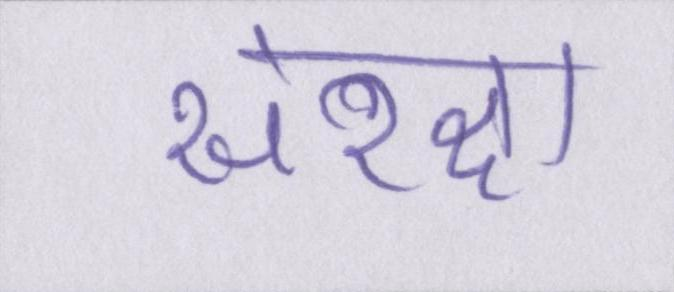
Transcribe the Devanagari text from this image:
संरक्षा